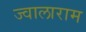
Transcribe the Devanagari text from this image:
ज्वालाराम